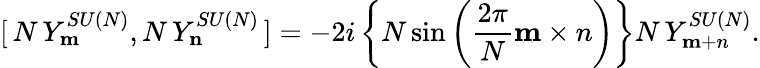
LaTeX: [\, N\, Y_{\mathbf m}^{SU(N)},N\, Y_{\mathbf n}^{SU(N)}\, ]=-2i\left\{ N\sin\left(\frac{2\pi}{N}{\mathbf m\times n}\right)\right\} N\, Y_{\mathbf m+n}^{SU(N)}.